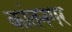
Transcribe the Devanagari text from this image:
कांतनगर